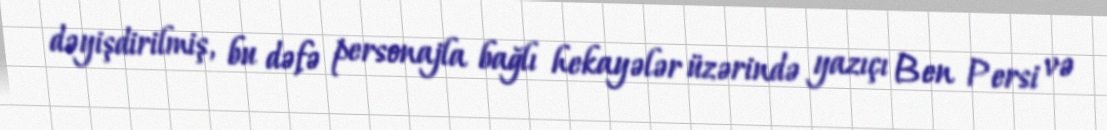
dəyişdirilmiş, bu dəfə personajla bağlı hekayələr üzərində yazıçı Ben Persi və